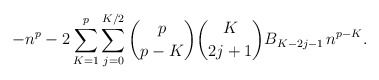
\begin{align*}-n^p - 2 \sum_{K=1}^{p} \sum_{j=0}^{K/2} \binom{p}{p-K} \binom{K}{2j+1} B_{K-2j-1} \, n^{p-K}.\end{align*}